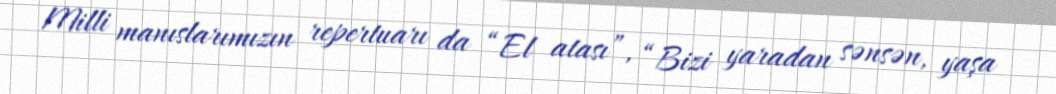
Milli manıslarımızın repertuarı da “El atası”, “Bizi yaradan sənsən, yaşa